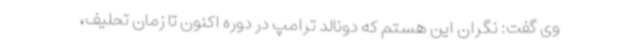
وی گفت: نگران این هستم که دونالد ترامپ در دوره اکنون تا زمان تحلیف،